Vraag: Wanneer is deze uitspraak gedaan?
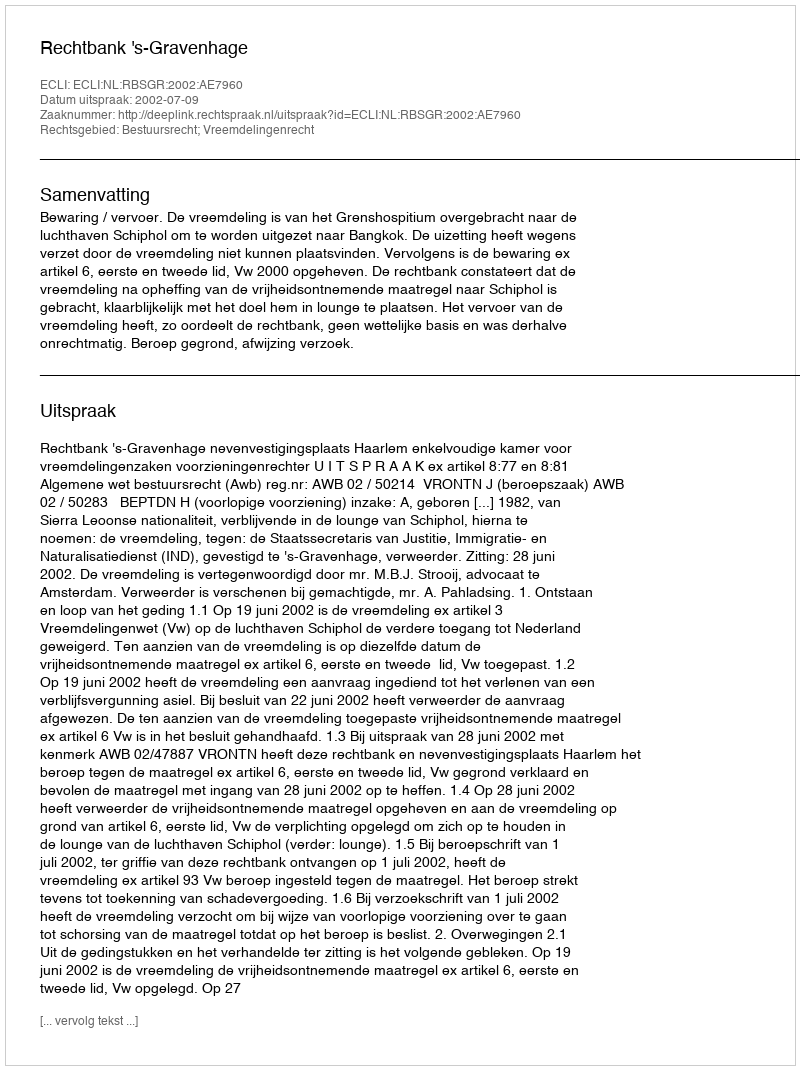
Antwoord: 2002-07-09